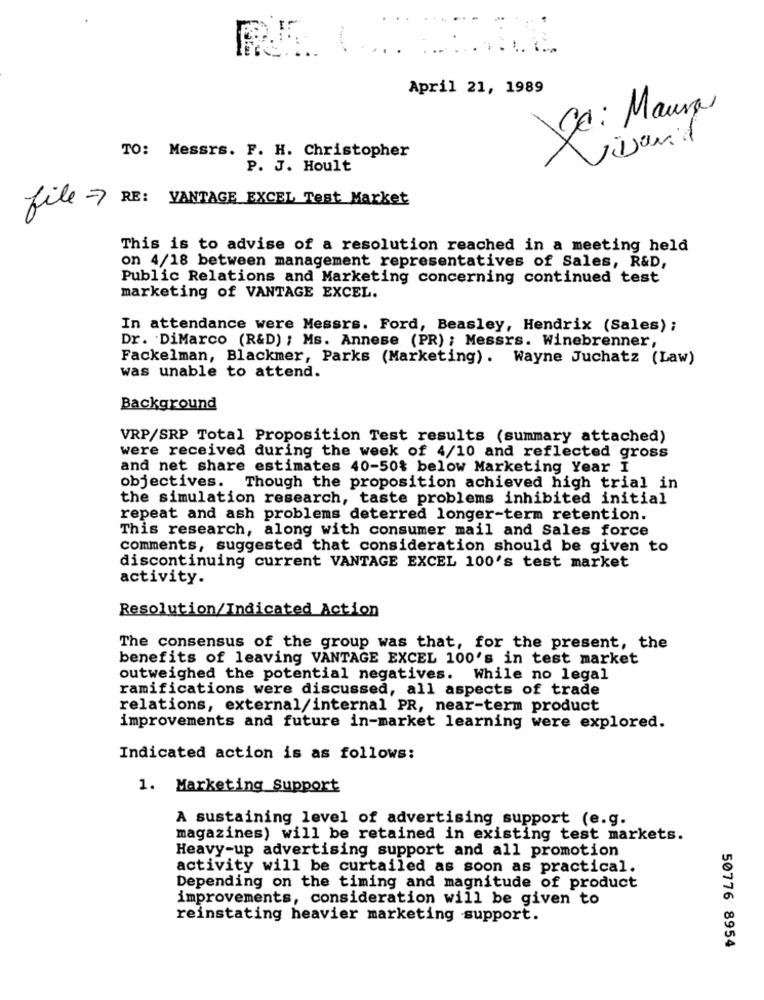
April 21, 1989
Ce: Maura
juanid
TO: Messrs. F. H. Christopher
P. J. Hoult
file -> RE: VANTAGE EXCEL Test Market
This is to advise of a resolution reached in a meeting held
on 4/18 between management representatives of Sales, R&D,
Public Relations and Marketing concerning continued test
marketing of VANTAGE EXCEL.
In attendance were Messrs. Ford, Beasley, Hendrix (Sales) ;
Dr. DiMarco (R&D) ; Ms. Annese (PR) ; Messrs. Winebrenner,
Fackelman, Blackmer, Parks (Marketing). Wayne Juchatz (Law)
was unable to attend.
Background
VRP/SRP Total Proposition Test results (summary attached)
were received during the week of 4/10 and reflected gross
and net share estimates 40-50% below Marketing Year I
objectives. Though the proposition achieved high trial in
the simulation research, taste problems inhibited initial
repeat and ash problems deterred longer-term retention.
This research, along with consumer mail and Sales force
comments, suggested that consideration should be given to
discontinuing current VANTAGE EXCEL 100's test market
activity.
Resolution/Indicated Action
The consensus of the group was that, for the present, the
benefits of leaving VANTAGE EXCEL 100's in test market
outweighed the potential negatives. While no legal
ramifications were discussed, all aspects of trade
relations, external/internal PR, near-term product
improvements and future in-market learning were explored.
Indicated action is as follows:
1. Marketing Support
A sustaining level of advertising support (e.g.
magazines) will be retained in existing test markets.
Heavy-up advertising support and all promotion
activity will be curtailed as soon as practical.
Depending on the timing and magnitude of product
improvements, consideration will be given to
reinstating heavier marketing support.
50776 8954